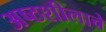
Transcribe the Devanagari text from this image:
अष्ठशीलाचे